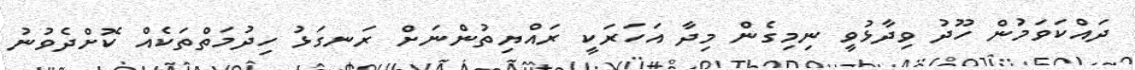
ދައްކަވަމުން ހޫދު ވިދާޅުވީ ނިމިގެން މިދާ އަހަރަކީ ރައްޔިތުންނަށް ރަނގަޅު ހިދުމަތްތަކެއް ކޮށްދެވުނު